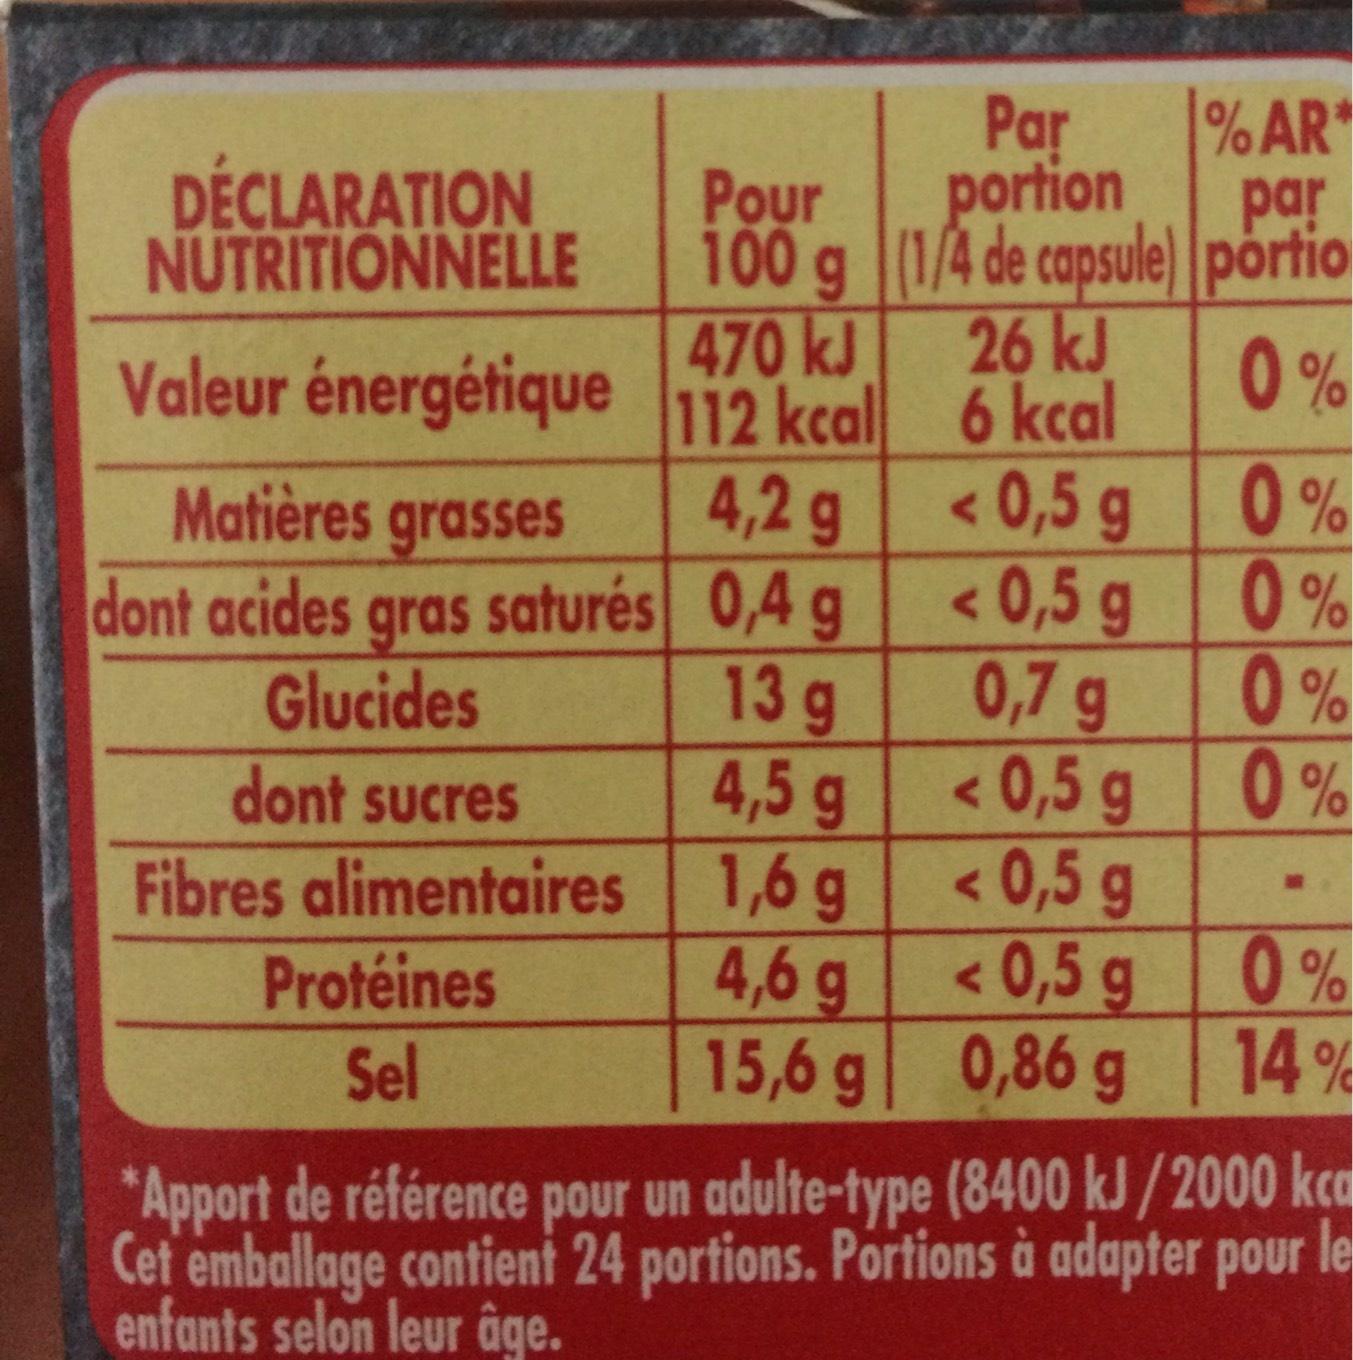
DÉCLARATION NUTRITIONNELLE
Valeur énergétique
Matières grasses dont acides gras saturés
Glucides
dont sucres
Fibres alimentaires
Protéines
Sel
Pour 100 g 470 kJ 112 kcal
4,2 g
0,4 g
13 g
4,5 g
1,6 g
4,6 g
15,6 g
% AR* par
Par portion (1/4 de capsule) portio 26 kJ 6 kcal
0%
<0,5 < 0,5 g
g
< 0,5 g
0,7 g
< 0,5 g
< 0,5 g
< 0,5 g
0,86 g
0%
0%
0%
0%
0%
14%
*Apport de référence pour un adulte-type (8400 kJ/2000 kca Cet emballage contient 24 portions. Portions à adapter pour le enfants selon leur âge.